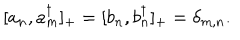
[ a _ { n } , a _ { m } ^ { \dagger } ] _ { + } = [ b _ { n } , b _ { n } ^ { \dagger } ] _ { + } = \delta _ { m , n } .